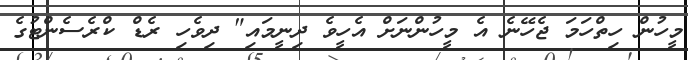
މީހުން ހިތްހަމަ ޖެހޭނެ އެ މީހުންނަށް އެހީވެ ދިނީމައި" ދިވެހި ރެޑް ކްރެސެންޓުގެ